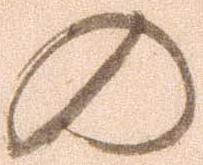
の